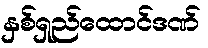
နှစ်ရှည်ထောင်ဒဏ်